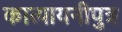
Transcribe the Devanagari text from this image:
कात्यायनीपुत्र